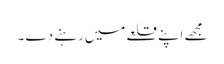
مجھے اپنے قلعے میں رہنے دے ۔